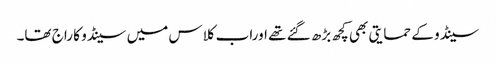
سینڈو کے حمایتی بھی کچھ بڑھ گئے تھے اوراب کلاس میں سینڈو کا راج تھا۔